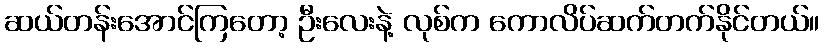
ဆယ်တန်းအောင်ကြတော့ ဦးလေးနဲ့ လုစ်က ကောလိပ်ဆက်တက်နိုင်တယ်။